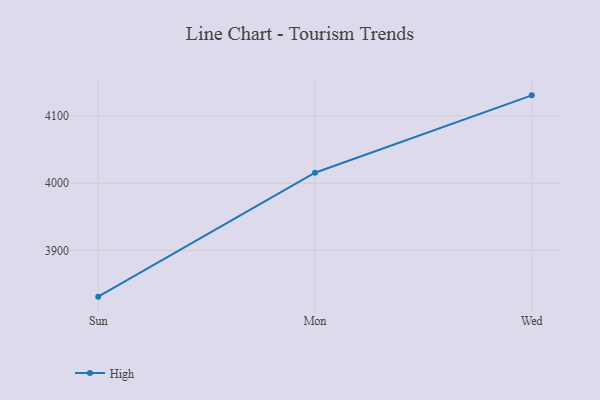
{"axis": {"x": "Day", "y": "Temperature (°C)"}, "legend": ["High"], "data": [{"x": "Sun", "y": 3831.2, "type": "High"}, {"x": "Mon", "y": 4015.4, "type": "High"}, {"x": "Wed", "y": 4130.4, "type": "High"}]}